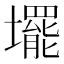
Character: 𡓁